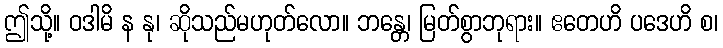
ဤသို့။ ဝဒါမိ န နု၊ ဆိုသည်မဟုတ်လော။ ဘန္တေ၊ မြတ်စွာဘုရား။ ဧတေဟိ ပဒေဟိ စ၊